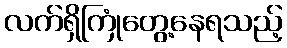
လက်ရှိကြုံတွေ့နေရသည့်